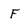
Character: F